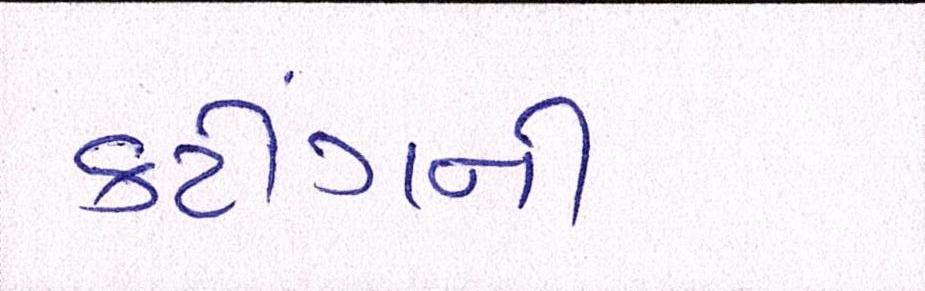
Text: કટીંગની